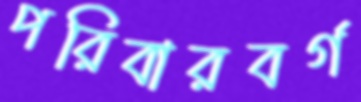
পরিবারবর্গ